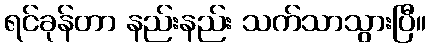
ရင်ခုန်တာ နည်းနည်း သက်သာသွားပြီ။